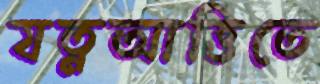
যত্নআত্তিতে